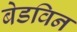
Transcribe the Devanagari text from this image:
बेडविन